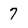
Character: 7